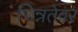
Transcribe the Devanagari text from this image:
भिन्नतेवर